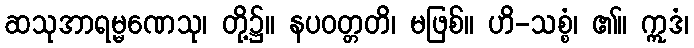
ဆသုအာရမ္မဏေသု၊ တို့၌။ နပဝတ္တတိ၊ မဖြစ်။ ဟိ-သစ္စံ၊ ၏။ ဣဒံ၊